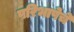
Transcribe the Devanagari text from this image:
परिभाषेचे